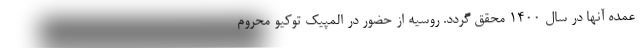
عمده آنها در سال 1400 محقق گردد. روسیه از حضور در المپیک توکیو محروم